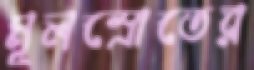
মূলস্রোতের